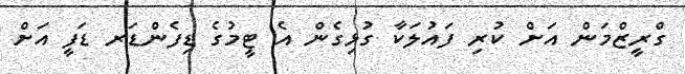
ގްރީޒްމަން އަށް ކުރި ފައުލަކާ ގުޅިގެން އެ ޓީމުގެ ޑިފެންޑަރ ޑަފީ އަށް